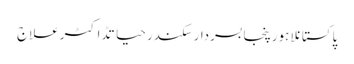
پاکستانلاہورپنجابسردار سکندر حیاتڈاکٹرعلاج